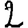
Digit: 2